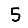
Digit: 5